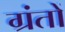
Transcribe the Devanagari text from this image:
ग्रंतों